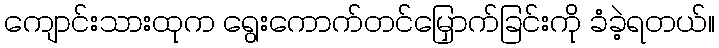
ကျောင်းသားထုက ရွေးကောက်တင်မြှောက်ခြင်းကို ခံခဲ့ရတယ်။